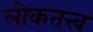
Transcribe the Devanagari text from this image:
लोकतत्त्व